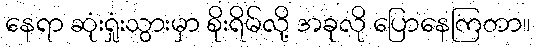
နေရာ ဆုံးရှုံးသွားမှာ စိုးရိမ်လို့ အခုလို ပြောနေကြတာ။